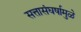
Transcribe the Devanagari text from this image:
सत्तासंघर्षामुळे